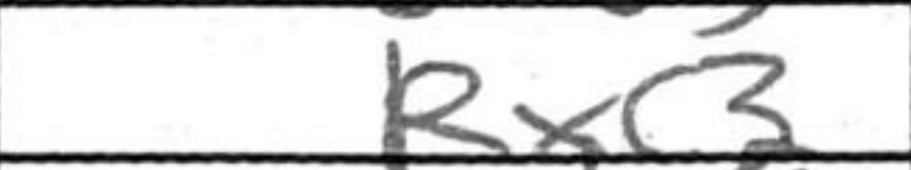
Transcription: Rxc3